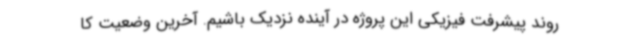
روند پیشرفت فیزیکی این پروژه در آینده نزدیک باشیم. آخرین وضعیت کا